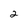
Character: 2